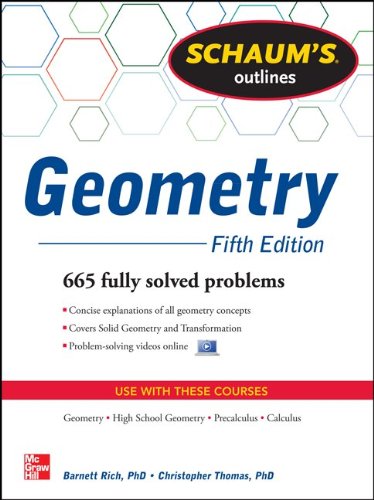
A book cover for Schaum's Outline of Geometry, 5th Edition: 665 Solved Problems + 25 Videos (Schaum's Outlines); Christopher Thomas; Education & Teaching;